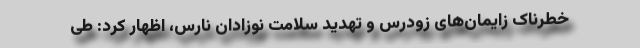
خطرناک زایمان‌های زودرس و تهدید سلامت نوزادان نارس، اظهار کرد: طی